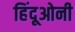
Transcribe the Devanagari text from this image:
हिंदूओनी